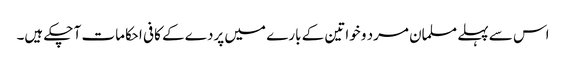
اس سے پہلے مسلمان مرد و خواتین کے بارے میں پردے کے کافی احکامات آ چکے ہیں۔